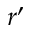
r ^ { \prime }